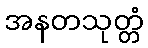
အနတသုတ္တံ